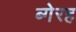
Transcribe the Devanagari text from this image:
ब्गेरह